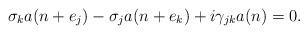
LaTeX: \begin{align*}\sigma_k a(n + e_j) - \sigma_j a(n + e_k) + i \gamma_{jk} a(n) = 0.\end{align*}